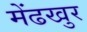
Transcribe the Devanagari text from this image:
मेंढखुर